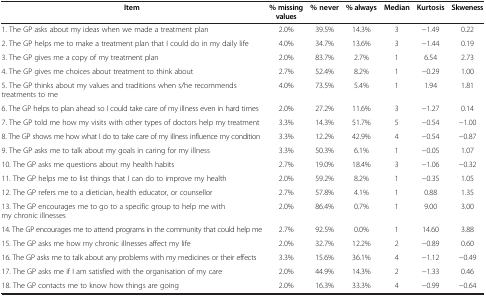
<table><thead><tr><td><b>Item</b></td><td><b>% missing values</b></td><td><b>% never</b></td><td><b>% always</b></td><td><b>Median</b></td><td><b>Kurtosis</b></td><td><b>Skweness</b></td></tr></thead><tbody><tr><td>1. The GP asks about my ideas when we made a treatment plan</td><td>2.0%</td><td>39.5%</td><td>14.3%</td><td>3</td><td>-1.49</td><td>0.22</td></tr><tr><td>2. The GP helps me to make a treatment plan that I could do in my daily life</td><td>4.0%</td><td>34.7%</td><td>13.6%</td><td>3</td><td>-1.44</td><td>0.19</td></tr><tr><td>3. The GP gives me a copy of my treatment plan</td><td>2.0%</td><td>83.7%</td><td>2.7%</td><td>1</td><td>6.54</td><td>2.73</td></tr><tr><td>4. The GP gives me choices about treatment to think about</td><td>2.7%</td><td>52.4%</td><td>8.2%</td><td>1</td><td>-0.29</td><td>1.00</td></tr><tr><td>5. The GP thinks about my values and traditions when s/he recommends treatments to me</td><td>4.0%</td><td>73.5%</td><td>5.4%</td><td>1</td><td>1.94</td><td>1.81</td></tr><tr><td>6. The GP helps to plan ahead so I could take care of my illness even in hard times</td><td>2.0%</td><td>27.2%</td><td>11.6%</td><td>3</td><td>-1.27</td><td>0.14</td></tr><tr><td>7. The GP told me how my visits with other types of doctors help my treatment</td><td>3.3%</td><td>14.3%</td><td>51.7%</td><td>5</td><td>-0.54</td><td>-1.00</td></tr><tr><td>8. The GP shows me how what I do to take care of my illness influence my condition</td><td>3.3%</td><td>12.2%</td><td>42.9%</td><td>4</td><td>-0.54</td><td>-0.87</td></tr><tr><td>9. The GP asks me to talk about my goals in caring for my illness</td><td>3.3%</td><td>50.3%</td><td>6.1%</td><td>1</td><td>-0.05</td><td>1.07</td></tr><tr><td>10. The GP asks me questions about my health habits</td><td>2.7%</td><td>19.0%</td><td>18.4%</td><td>3</td><td>-1.06</td><td>-0.32</td></tr><tr><td>11. The GP helps me to list things that I can do to improve my health</td><td>2.0%</td><td>59.2%</td><td>8.2%</td><td>1</td><td>-0.35</td><td>1.05</td></tr><tr><td>12. The GP refers me to a dietician, health educator, or counsellor</td><td>2.7%</td><td>57.8%</td><td>4.1%</td><td>1</td><td>0.88</td><td>1.35</td></tr><tr><td>13. The GP encourages me to go to a specific group to help me with my chronic illnesses</td><td>2.0%</td><td>86.4%</td><td>0.7%</td><td>1</td><td>9.00</td><td>3.00</td></tr><tr><td>14. The GP encourages me to attend programs in the community that could help me</td><td>2.7%</td><td>92.5%</td><td>0.0%</td><td>1</td><td>14.60</td><td>3.88</td></tr><tr><td>15. The GP asks me how my chronic illnesses affect my life</td><td>2.0%</td><td>32.7%</td><td>12.2%</td><td>2</td><td>-0.89</td><td>0.60</td></tr><tr><td>16. The GP asks me to talk about any problems with my medicines or their effects</td><td>3.3%</td><td>15.6%</td><td>36.1%</td><td>4</td><td>-1.12</td><td>-0.49</td></tr><tr><td>17. The GP asks me if I am satisfied with the organisation of my care</td><td>2.0%</td><td>44.9%</td><td>14.3%</td><td>2</td><td>-1.33</td><td>0.46</td></tr><tr><td>18. The GP contacts me to know how things are going</td><td>2.0%</td><td>16.3%</td><td>33.3%</td><td>4</td><td>-0.99</td><td>-0.64</td></tr></tbody></table>